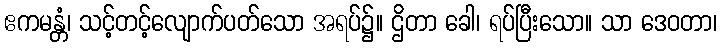
ဧကမန္တံ၊ သင့်တင့်လျောက်ပတ်သော အရပ်၌။ ဌိတာ ခေါ၊ ရပ်ပြီးသော။ သာ ဒေဝတာ၊